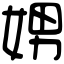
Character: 娚